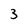
Character: 3